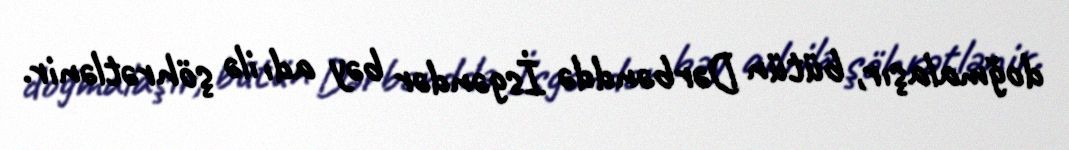
doğmalaşır, bütün Dərbənddə İsgəndər bəy adı ilə şöhrətlənir.